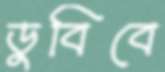
ডুবিবে